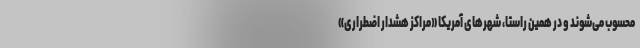
محسوب می‌شوند و در همین راستا، شهرهای آمریکا «مراکز هشدار اضطراری»